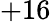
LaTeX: +16